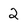
Character: 2